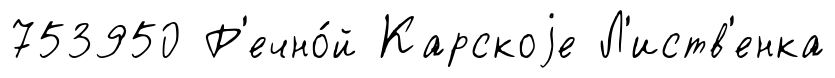
753950 Р'ечно́й Карскоjе Л'иств'енка